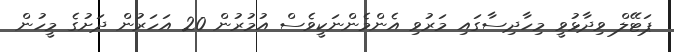
ޕަޓޭލް ވިދާޅުވީ މިހާދިސާގައި މަރުވި އެންމެންނަކީވެސް އުމުރުން 20 އަހަރުން ދަށުގެ މީހުން